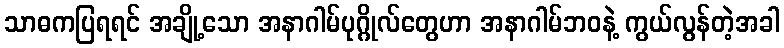
သာဓကပြရရင် အချို့သော အနာဂါမ်ပုဂ္ဂိုလ်တွေဟာ အနာဂါမ်ဘဝနဲ့ ကွယ်လွန်တဲ့အခါ